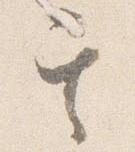
其